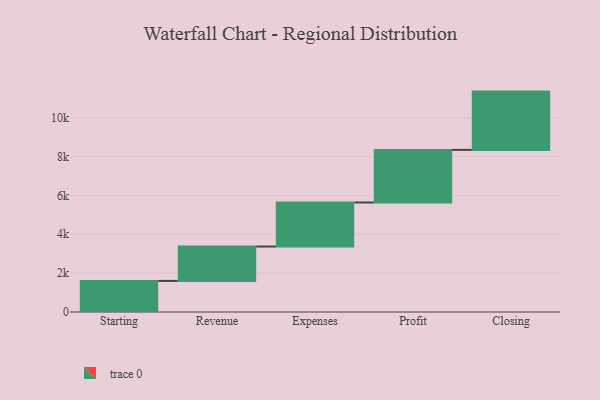
{"axis": {"x": "Step", "y": "Value"}, "legend": [""], "data": [{"x": "Starting", "y": 1600.0, "type": ""}, {"x": "Revenue", "y": 1769.0, "type": ""}, {"x": "Expenses", "y": 2268.0, "type": ""}, {"x": "Profit", "y": 2707.0, "type": ""}, {"x": "Closing", "y": 3000, "type": ""}]}